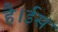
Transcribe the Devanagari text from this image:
है।ईस